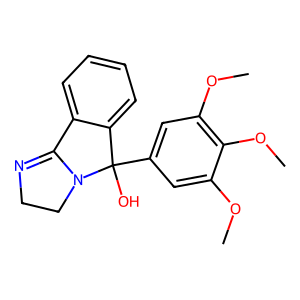
SMILES: COc1cc(C2(O)c3ccccc3C3=NCCN32)cc(OC)c1OC
Inhibits HIV replication: No